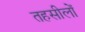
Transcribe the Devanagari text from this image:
तहसीलोँ